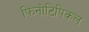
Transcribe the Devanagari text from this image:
फिनोटिपिकल